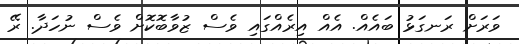
ވަރަށް ރަނގަޅު ބައެއް. އެއް އިރެއްގައި ވެސް ޒުވާބޮކޮށް ވެސް ނުހަދާ. ރޭ